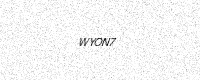
Text: WYON7